Report of the Lahore Medical School Hospital
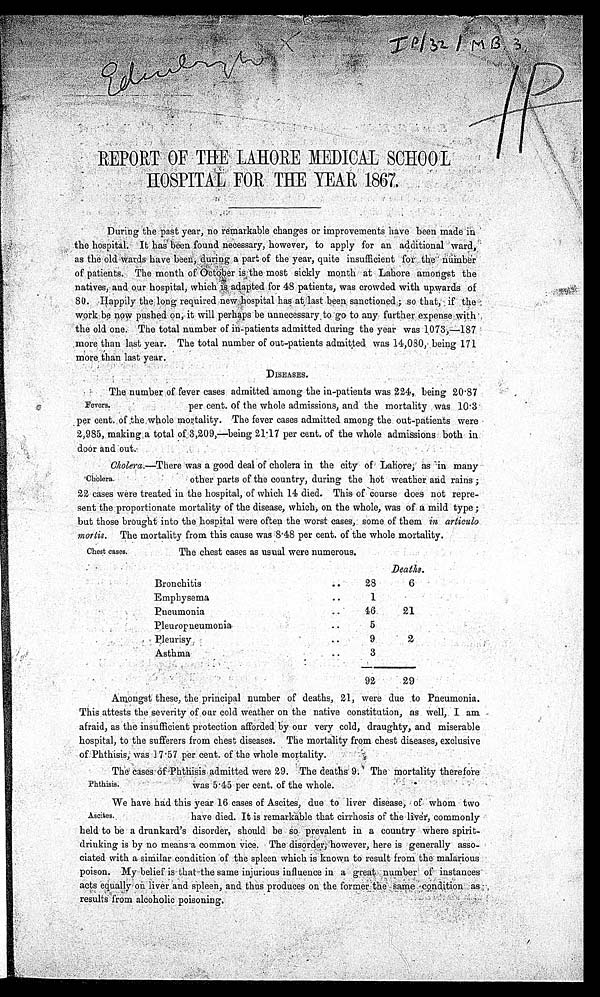
Education
IP/32/MB, 3.
I P
. .
REPORT OF THE LAHORE MEDICAL SCHOOL
HOSPITAL FOR THE YEAR 1867.
During the past year, no remarkable changes or improvements have been made in
the hospital. It has been found necessary, however, to apply for an additional ward,
as the old wards have been, during a part of the year, quite insufficient for the number
of patients. The month of October is the most sickly month at Lahore amongst the
natives, and our hospital, which is adapted for 48 patients, was crowded with upwards of
80. Happily the long required new hospital has at last been sanctioned ; so that, if the
work be now pushed on, it will perhaps be unnecessary to go to, any further expense with
the old one. The total number of in-patients admitted during the year was 1073,—187
more than last year. The total number of out-patients admitted was 14,080, being 171
more than last year.
DISEASES.
The number of fever cases admitted among the in-patients was 224, being 20.87
Fevers. per cent. of the whole admissions, and the mortality was 10.3
per cent. of the whole mortality. The fever cases admitted, among the out-patients were
2,985, making a total of 3,209,—being 21.17 per cent. of the whole admissions both in.
door and out.
Cholera.—There was a good deal of cholera in the city of Lahore, as in many
Cholera. other parts of the country, during the hot weather and rains ;
22 cases were treated in the hospital, of which 14 died. This of course does not repre
-sent the proportionate mortality of the disease, which, on the whole, was of a mild type ;
but those brought into the hospital were often the worst cases, some of them in articulo
mortis. The mortality from this cause was 8.48 per cent. of the whole mortality.
Chest cases.
The chest cases as usual were numerous.
Deaths.
Bronchitis
..
28
6
Emphysema
. .
1
Pneumonia
..
46
21
Pleuropueumonia
..
5
Pleurisy : ..
9
2
Asthma
..
3
92
29
Amongst these, the principal number of deaths, 21, were due to Pneumonia.
This attests the severity of our cold weather on the native constitution, as well, I am
afraid, as the insufficient protection afforded by our very cold, draughty, and miserable
hospital, to the sufferers from chest diseases. The mortality from chest diseases, exclusive
of Phthisis, was 17.57 per cent. of the whole mortality.
The cases of Phthisis admitted were 29. The deaths 9. The mortality therefore
Phthisis. was 5.45 per cent. of the whole.
We have had this year 16 cases Of Ascites, due to liver disease, of whom two
Ascites. have died. It is remarkable that cirrhosis of the liver, commonly
held to be a drunkard's disorder, should be so prevalent in a country where spirit
-drinking is by no means a common vice. The disorder; however, here is generally asso
- c i a t e d w i t h a s i m i l a r c o n d i t i o n o f t h e s p l e e n w h i c h i s'
k n o w n t o r e s u l t f r o m t h e m a l a r i o u s
poison. My belief is that the same injurious influence in a great number of instances
acts equally on liver and spleen, and thus produces on the former the same condition as
results from alcoholic poisoning.